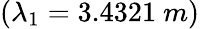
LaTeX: (\lambda_{1}=3.4321~m)